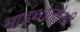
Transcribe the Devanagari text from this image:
माइथोलोजी